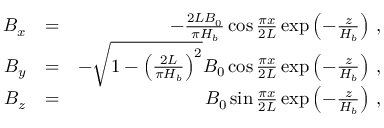
\begin{array} { r l r } { B _ { x } } & { = } & { - \frac { 2 L B _ { 0 } } { \pi H _ { b } } \cos { \frac { \pi x } { 2 L } } \exp \left( { - \frac { z } { H _ { b } } } \right) \, , } \\ { B _ { y } } & { = } & { - \sqrt { 1 - \left( \frac { 2 L } { \pi H _ { b } } \right) ^ { 2 } } B _ { 0 } \cos { \frac { \pi x } { 2 L } } \exp \left( { - \frac { z } { H _ { b } } } \right) \, , } \\ { B _ { z } } & { = } & { B _ { 0 } \sin { \frac { \pi x } { 2 L } } \exp \left( { - \frac { z } { H _ { b } } } \right) \, , } \end{array}